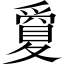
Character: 𡕷